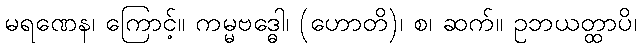
မရဏေန၊ ကြောင့်။ ကမ္မဗဒ္ဓေါ၊ (ဟောတိ)၊ စ၊ ဆက်။ ဥဘယတ္ထာပိ၊